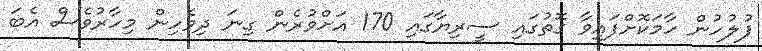
ފުލުހުން ހާމަކޮށްފައިވާ ގޮތުގައި ސީރިޔާގައި 170 އަށްވުރެން ގިނަ ދިވެހިން މިހާރުވެސް އެބަ